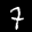
Label: 7